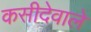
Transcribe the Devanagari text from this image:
कसीदेवाले